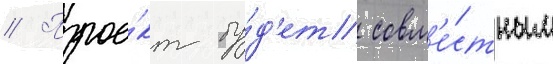
// Прое́кт бу́д'ет совм'е́стным